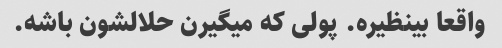
واقعا بینظیره. پولی که میگیرن حلالشون باشه.